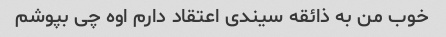
خوب من به ذائقه سیندی اعتقاد دارم اوه چی بپوشم